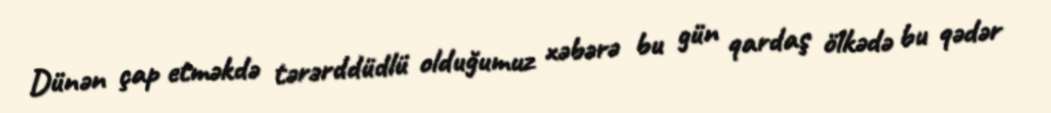
Dünən çap etməkdə tərərddüdlü olduğumuz xəbərə bu gün qardaş ölkədə bu qədər